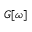
G [ \omega ]